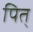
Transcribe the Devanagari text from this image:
पित्